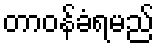
တာဝန်ခံရမည်